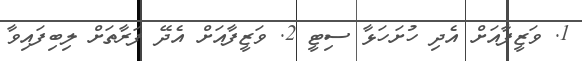
1. ވަޒީފާއަށް އެދި ހުށަހަޅާ ސިޓީ 2. ވަޒީފާއަށް އެދޭ ފަރާތަށް ލިބިފައިވާ